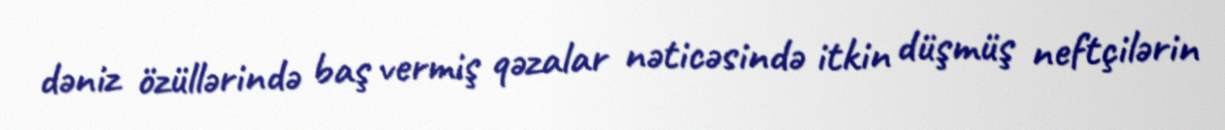
dəniz özüllərində baş vermiş qəzalar nəticəsində itkin düşmüş neftçilərin